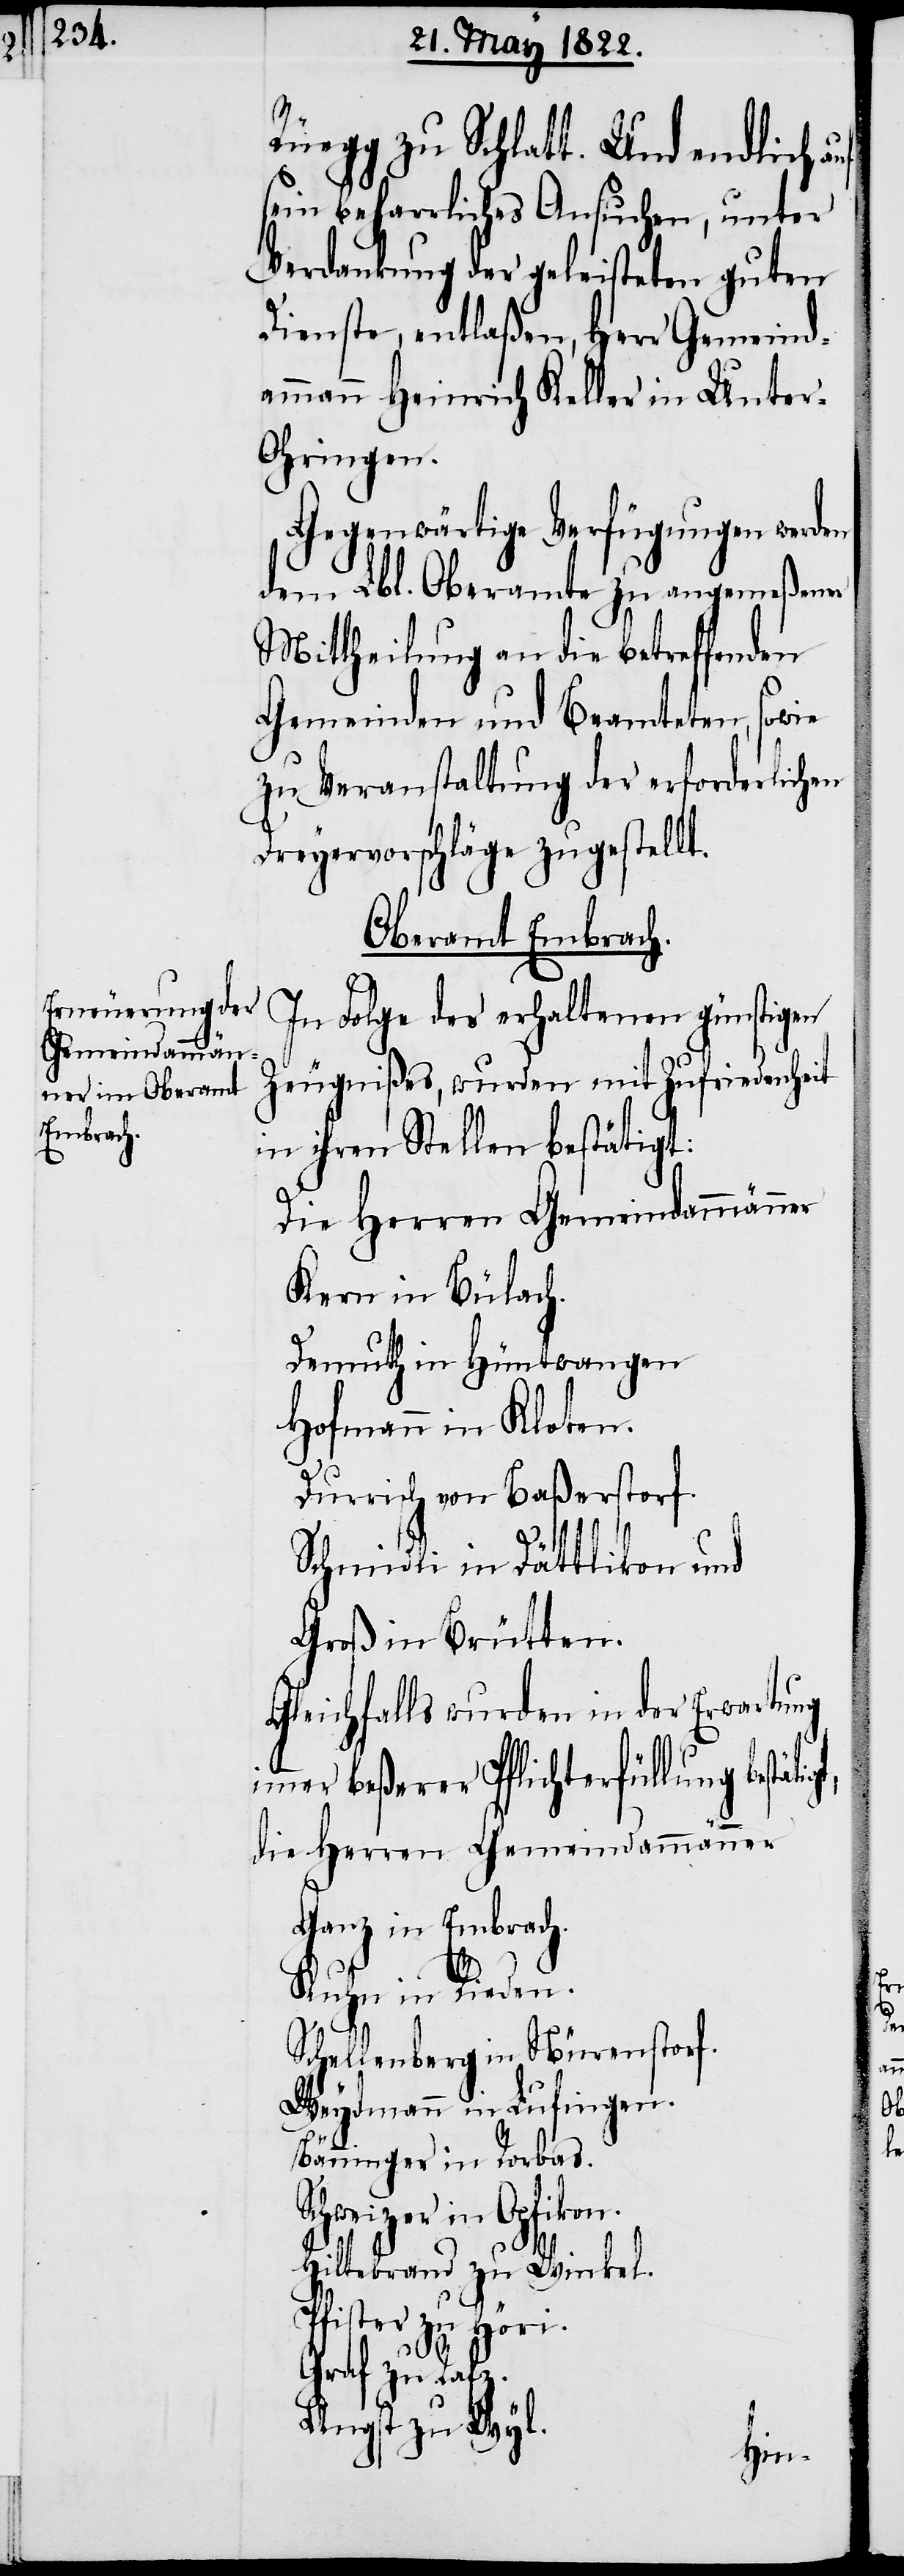
Rüegg zu Schlatt. Und endlich
sein beharrliches Ansuchen, unter
Verdankung der geleisteten guten
Dienste, entlaßen, Herr Gemeind¬
ammann Heinrich Keller in Unter-O¬
hringen.
Gegenwärtige Verfügungen werden
dem Lbl. Oberamte zu angemeßener
Mittheilung an die betreffenden
Gemeinden und Beamteten, sowie
zu Veranstaltung der erforderlichen
Dreyervorschläge zugestellt.
Oberamt Embrach.
In Folge des erhaltenen günstigen
Zeugnißes, wurden mit Zufriedenheit
in ihren Stellen bestätigt:
Die Herren Gemeindammänner
Kern in Bülach.
Demuth in Hüntwangen.
Hofmann in Kloten.
Durrisch von Baßerstorf.
i¬
Schmidli in Dättlikon und
Groß in Brütten.
Gleichfalls wurden in der Erwartung
mmer beßerer Pflichterfüllung bestä¬
die Herren Gemeindammänner
Ganz in Embrach.
Kuhn in Rieden.
Schellenberg in Nürenstorf.
Weydmann in Lufingen.
Bänninger in Rorbas.
Schweizer in
Hiltebrand zu Winkel.
Pfister zu Höri.
Graf zu Rafz.
Angst zu Wyl.
tigt,